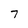
Character: 7